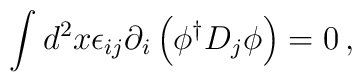
\int d^{2}x\epsilon _{ij}\partial _{i}\left( \phi ^{\dagger }D_{j}\phi \right) =0\, ,